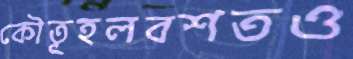
কৌতূহলবশতও